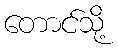
တောင်သို့